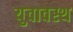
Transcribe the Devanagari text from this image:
युवावस्थ